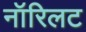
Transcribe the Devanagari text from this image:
नॉरिलट